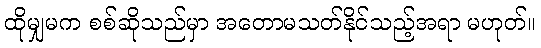
ထိုမျှမက စစ်ဆိုသည်မှာ အတောမသတ်နိုင်သည့်အရာ မဟုတ်။